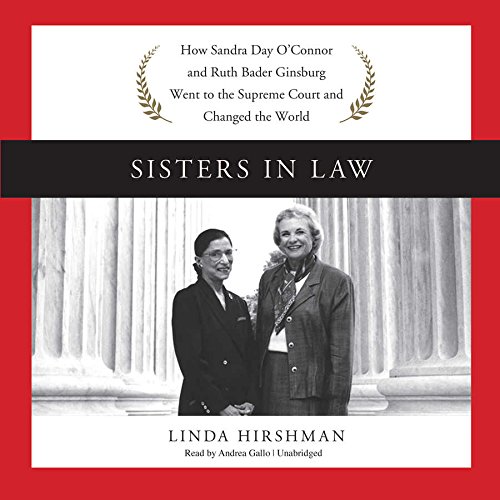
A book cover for Sisters in Law: How Sandra Day O'Connor and Ruth Bader Ginsburg Went to the Supreme Court and Changed the World; Linda Hirshman; Law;